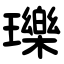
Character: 瓅